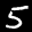
Label: 5